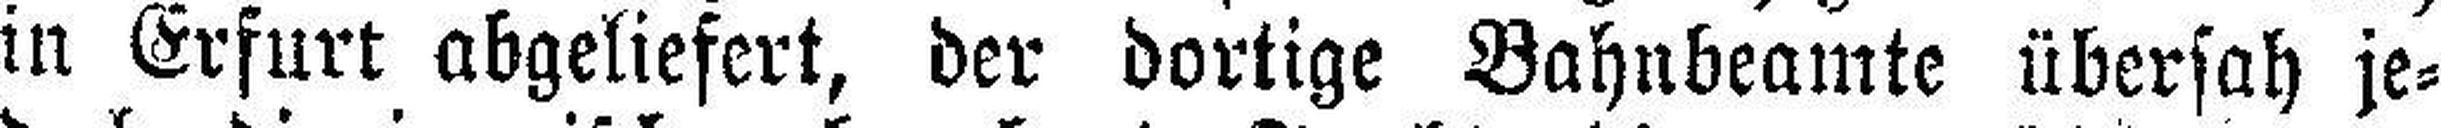
in Erfurt abgeliefert, der dortige Bahnbeamte übersah je¬